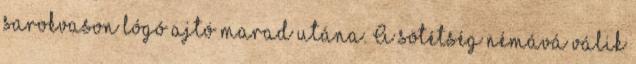
sarokvason lógó ajtó marad utána. A sötétség némává válik